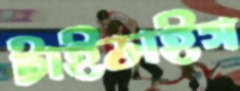
টাইডাইস